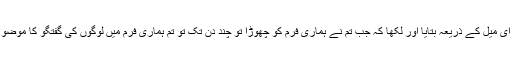
اس فرم میں سے کسی نے اس بچی کو اس بارے میں ای میل کے ذریعہ بتایا اور لکھا کہ جب تم نے ہماری فرم کو چھوڑا تو چند دن تک تو تم ہماری فرم میں لوگوں کی گفتگو کا موضوع رہی اور پھر اس کے بعد کبھی تمہارا ذکر نہیں ہوا۔